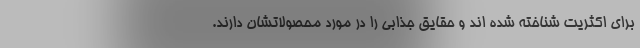
برای اکثریت شناخته شده اند و حقایق جذابی را در مورد محصولاتشان دارند.